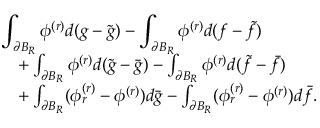
\begin{array} { r l } { \lefteqn { \int _ { \partial B _ { R } } \phi ^ { ( r ) } d ( g - \tilde { g } ) - \int _ { \partial B _ { R } } \phi ^ { ( r ) } d ( f - \tilde { f } ) } } \\ & { + \int _ { \partial B _ { R } } \phi ^ { ( r ) } d ( \tilde { g } - \bar { g } ) - \int _ { \partial B _ { R } } \phi ^ { ( r ) } d ( \tilde { f } - \bar { f } ) } \\ & { + \int _ { \partial B _ { R } } ( \phi _ { r } ^ { ( r ) } - \phi ^ { ( r ) } ) d \bar { g } - \int _ { \partial B _ { R } } ( \phi _ { r } ^ { ( r ) } - \phi ^ { ( r ) } ) d \bar { f } . } \end{array}